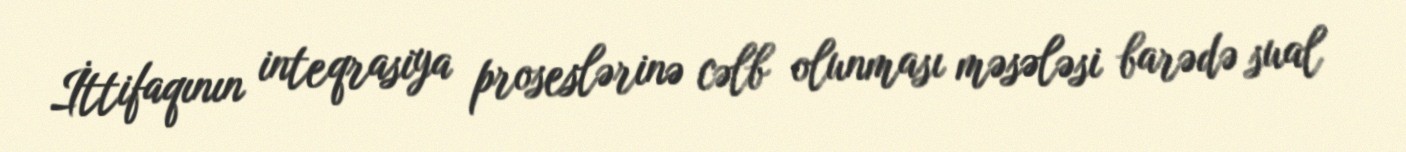
İttifaqının inteqrasiya proseslərinə cəlb olunması məsələsi barədə sual